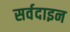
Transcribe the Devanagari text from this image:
सर्वदाइन